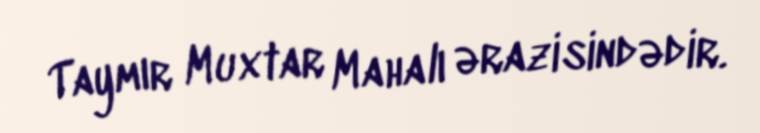
Taymır Muxtar Mahalı ərazisindədir.